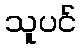
သူပင်